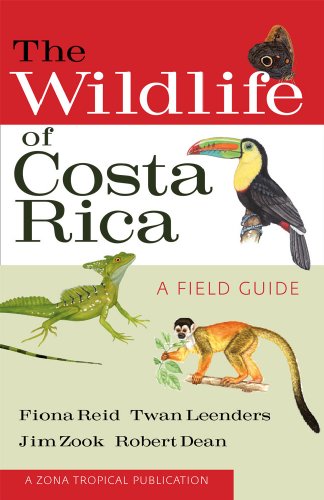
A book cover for The Wildlife of Costa Rica: A Field Guide (Zona Tropical Publications); Fiona A. Reid; Science & Math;